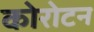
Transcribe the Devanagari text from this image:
कोरोटन